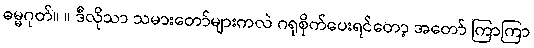
ဓမ္မဂုတ်။ ။ ဒီလိုသာ သမားတော်များကလဲ ဂရုစိုက်ပေးရင်တော့ အတော် ကြာကြာ